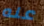
عنه